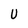
Character: U